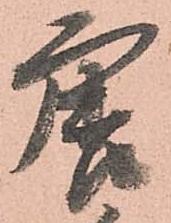
唐